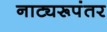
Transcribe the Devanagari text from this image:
नाट्यरूपंतर